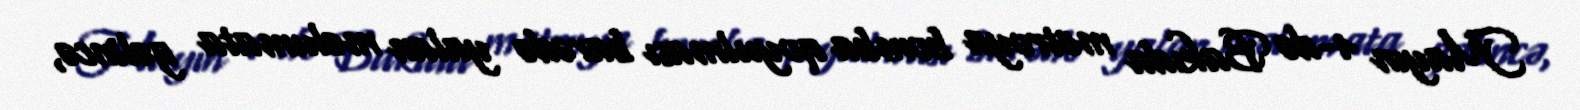
Mayın 4-də Bakıda metroya bomba qoyulması barədə yalan məlumata gəlincə,